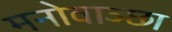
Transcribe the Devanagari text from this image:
मनोवाञ्छा